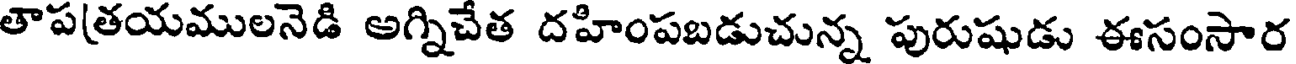
తౌప(తయములనెడి అగ్నిచేత దహింపబడుచున్న పురుషుడు ఈసంసార